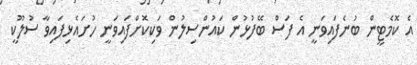
އެ ކޮމެޓީން ބުނެފައިވަނީ އެ ފަސް ބޭފުޅުން ކައުންސިލުން ވަކިކޮށްފައިވަނީ ހުށައެޅިފައިވާ ސުލޫކީ